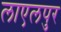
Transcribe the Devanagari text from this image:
लाएलपुर